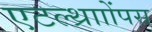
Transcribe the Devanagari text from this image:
एटल्थ्रााोंपस